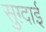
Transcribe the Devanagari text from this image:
सुग़्दाई